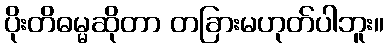
ပိုးတိဓမ္မဆိုတာ တခြားမဟုတ်ပါဘူး။